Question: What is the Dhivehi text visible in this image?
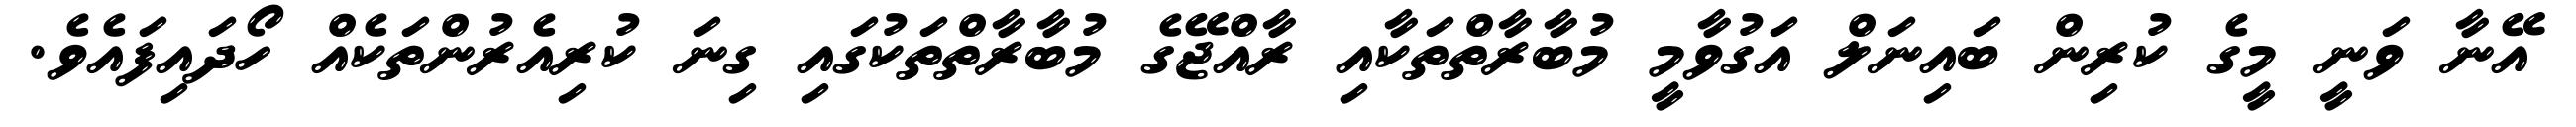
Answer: އޭނާ ވަނީ މީގެ ކުރިން ބައިނަލް އަގުވާމީ މުބާރާތްތަކާއި ރާއްޖޭގެ މުބާރާތްތަކުގައި ގިނަ ކުރިއެރުންތަކެއް ހޯދައިފައެވެ.